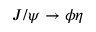
J / \psi \rightarrow \phi \eta